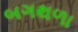
બગથળા